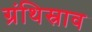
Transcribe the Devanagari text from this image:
ग्रंथिस्राव